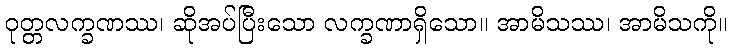
ဝုတ္တလက္ခဏဿ၊ ဆိုအပ်ပြီးသော လက္ခဏာရှိသော။ အာမိသဿ၊ အာမိသကို။